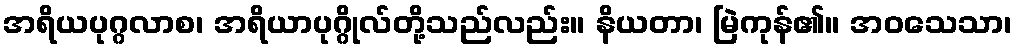
အရိယပုဂ္ဂလာစ၊ အရိယာပုဂ္ဂိုလ်တို့သည်လည်း။ နိယတာ၊ မြဲကုန်၏။ အဝသေသာ၊